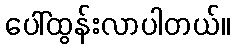
ပေါ်ထွန်းလာပါတယ်။